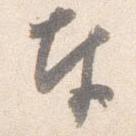
奉